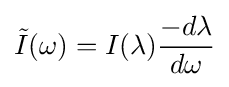
{\tilde {I}}(\omega )=I(\lambda ){\frac {-d\lambda }{d\omega }}